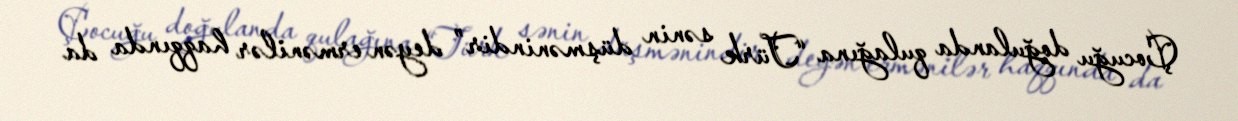
Çocuğu doğulanda qulağına “Türk sənin düşmənindir” deyən ermənilər haqqında da